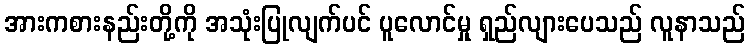
အားကစားနည်းတို့ကို အသုံးပြုလျက်ပင် ပူလောင်မှု ရှည်လျားပေသည် လူနာသည်